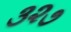
૩૨૭